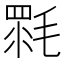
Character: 𣯉